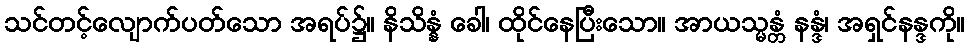
သင်တင့်လျောက်ပတ်သော အရပ်၌။ နိသိန္နံ ခေါ၊ ထိုင်နေပြီးသော။ အာယသ္မန္တံ နန္ဒံ၊ အရှင်နန္ဒကို။